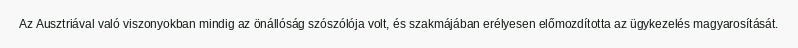
Az Ausztriával való viszonyokban mindig az önállóság szószólója volt, és szakmájában erélyesen előmozdította az ügykezelés magyarosítását.